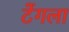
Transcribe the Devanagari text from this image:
टेंगला